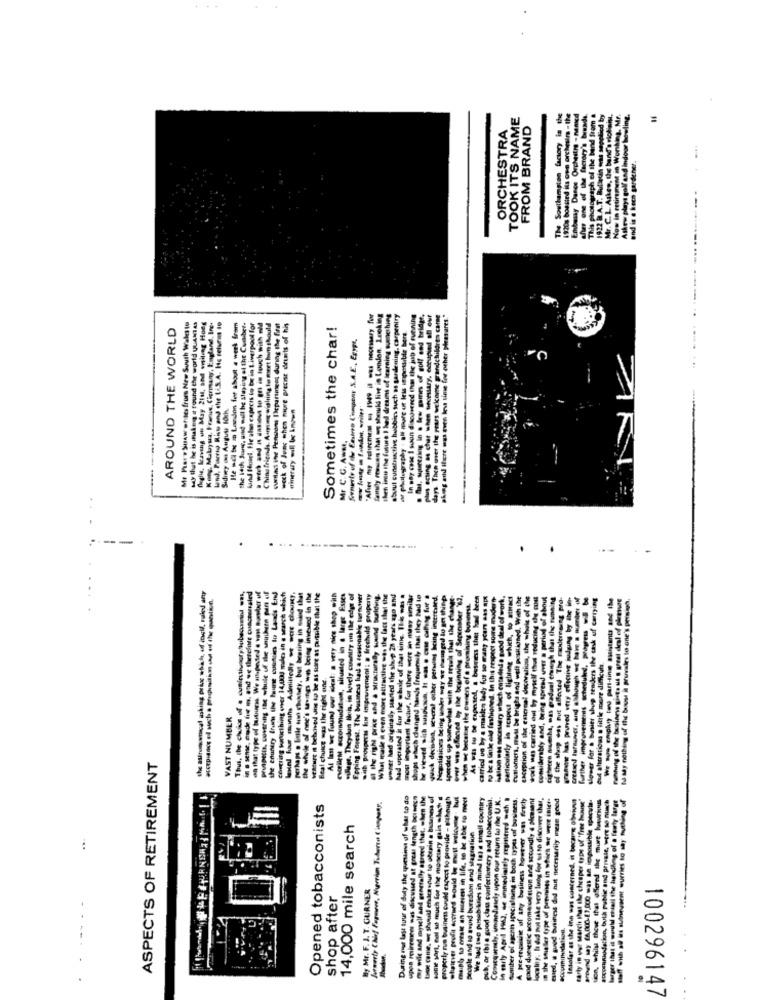
TOOK ITS NAME
The Southampton factory is the
1920s bostied its own orchesin - the
Embassy Duses Orchestre - nanicd
after one of the factory's braals.
This photograph of the band from a
1922 B.A.T. Bulletin was supplied by
Now in retirement in Working, Mr.
Askew plays golf and indoor bowling.
ORCHESTRA
FROM BRAND
Mr. C.L. Askes, the band's vi
and is a keen gardener.
family meses that one should live in London. Looking
then imu the future I hed dreams of learning something
about cuntreactive hobbies such as gardening. carpentry
In say case 1 soon disoderred that the jub of evening
a flat, squeezing in . few games of golf end bridge,
plus acting as char when secondary, coupled afl eur
days Then over the years welcome grandchildren came
skog and there was even In time for other pleasures."
AROUND THE WORLD
Me Pare Suawortes from New South Wales tu
say that he is makesg e found the world QUANTAS
Chegli, leaving un May 211, and visiting Hong
Kong, Muabysa, Fraus, Cicrmmany, England, Inc.
Land, Parro Riso and the LiS.A. Hc selvres to
Me acl te in Landon fer about a week from
the leth June, und well be staying of the Cumber-
kund Board, He also expects to be in Liverpool for
Chinafriends. Aunque willing to meet bom should
silas the Pensons Department during the first
week of June when more precise deunits of his
Sometimes the char!
af photography . alt more of Ieis impossible bers.
--..
Seneste of the Eastern Compenr S.A.E ., Egyp.
Sidimy is Angusa lock
minerazy -E be known
Mr C.C. Amer.
.
-
.
the astronomical asking prix which, of inci, ruled any
in . sense, nude (i m. and we therefore cancersled
on that type of tutuurss. We anposted a van Basder of
the enuntry frame the bune counties to Lands End
Comcling toructhing over 14,000 mdos in a search which
large Essex
though we have a mu
further improvements scheduled, Progress
signer for a basier shup tenders the task of
I say nothing of the bouss ha provales to one's
situated in
be as Sure at
eul alicrations a little more difficuh.
to be a linke old fashioned
-----
particularly in sespect
customers, must be brigh
caception of the external
work was carried out In
considerably and, being
of the shop aos put affe
carried un by a makke
VAST NUMBER
ad operated at low
perhaps . Unike
when ac betale
quick decisiva
gotisions b
porded op son
viewed
ASPECTS OF RETIREMENT
During rus last tour of duty the question of whar to do
upon moiremeer was discussed st gress length acimen
or wile and myself and greetally agreed that. when the
base come, uc shumsk eralenenur to oterin a business of
some sort, not so much for the monetary gain shot
properly run business could expect to provide - Fthough
shainves profit accrued would be must walogme - but
maph to oresst an interest in life, to be able to meet
We had two pusub tiles in mind (a) a small country
pub, ar this good clau confectionery and tobacconis.
Consequently. iminedussely upon our return to ile U.K.
In early April 1942, e immediately registered och
Sumber of agent specialning in boch types of business,
A pre-maltine uf any business however was firuchy
good dueestic sccome ud tuun and secondly a pleasant
locality. I did not take very lung for us to discover that,
in the sailer type of preunits in stich se weor mier.
esed, a gued business did not necessarily mean good
Imolar as the inn was concerned, it becarne obvious
carky in wur search that the cheaper type of "free house"
areund say fA,000-23.000 was an impossible specula-
#openudation, buth public and private, were so nunch
larger that it would chiall the handling of a forty lugt
Opened tobacconists
Jumerty Chef Pormers, Nyrim Tobarra & imposy.
14,000 mile search
people and to avoid buredom and stagnation
...
By Mr. F. J. T. GURNER
shop after
100296147